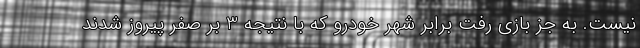
نیست. به جز بازی رفت برابر شهر خودرو که با نتیجه 3 بر صفر پیروز شدند